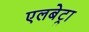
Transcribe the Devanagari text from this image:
एलबेट्रा